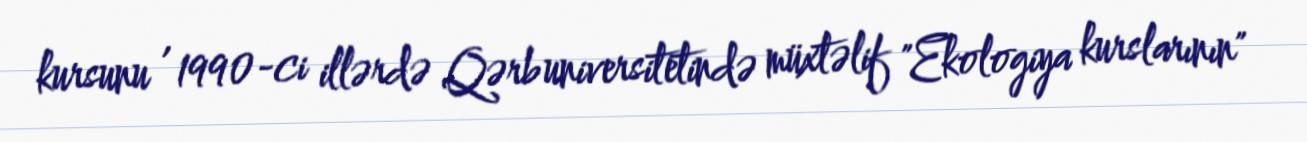
kursunu , 1990-ci illərdə Qərb universitetində müxtəlif "Ekologiya kurslarının"